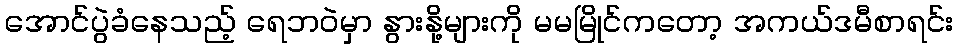
အောင်ပွဲခံနေသည့် ရေဘဝဲမှာ နွားနို့များကို မမမြိုင်ကတော့ အကယ်ဒမီစာရင်း